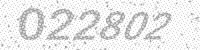
Solution: 022802